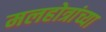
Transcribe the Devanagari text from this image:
मलहोत्रांच्या